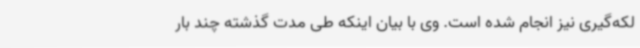
لکه‌گیری نیز انجام شده است. وی با بیان اینکه طی مدت گذشته چند بار